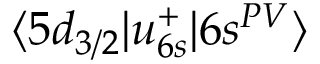
\langle 5 d _ { 3 / 2 } | u _ { 6 s } ^ { + } | 6 s ^ { P V } \rangle